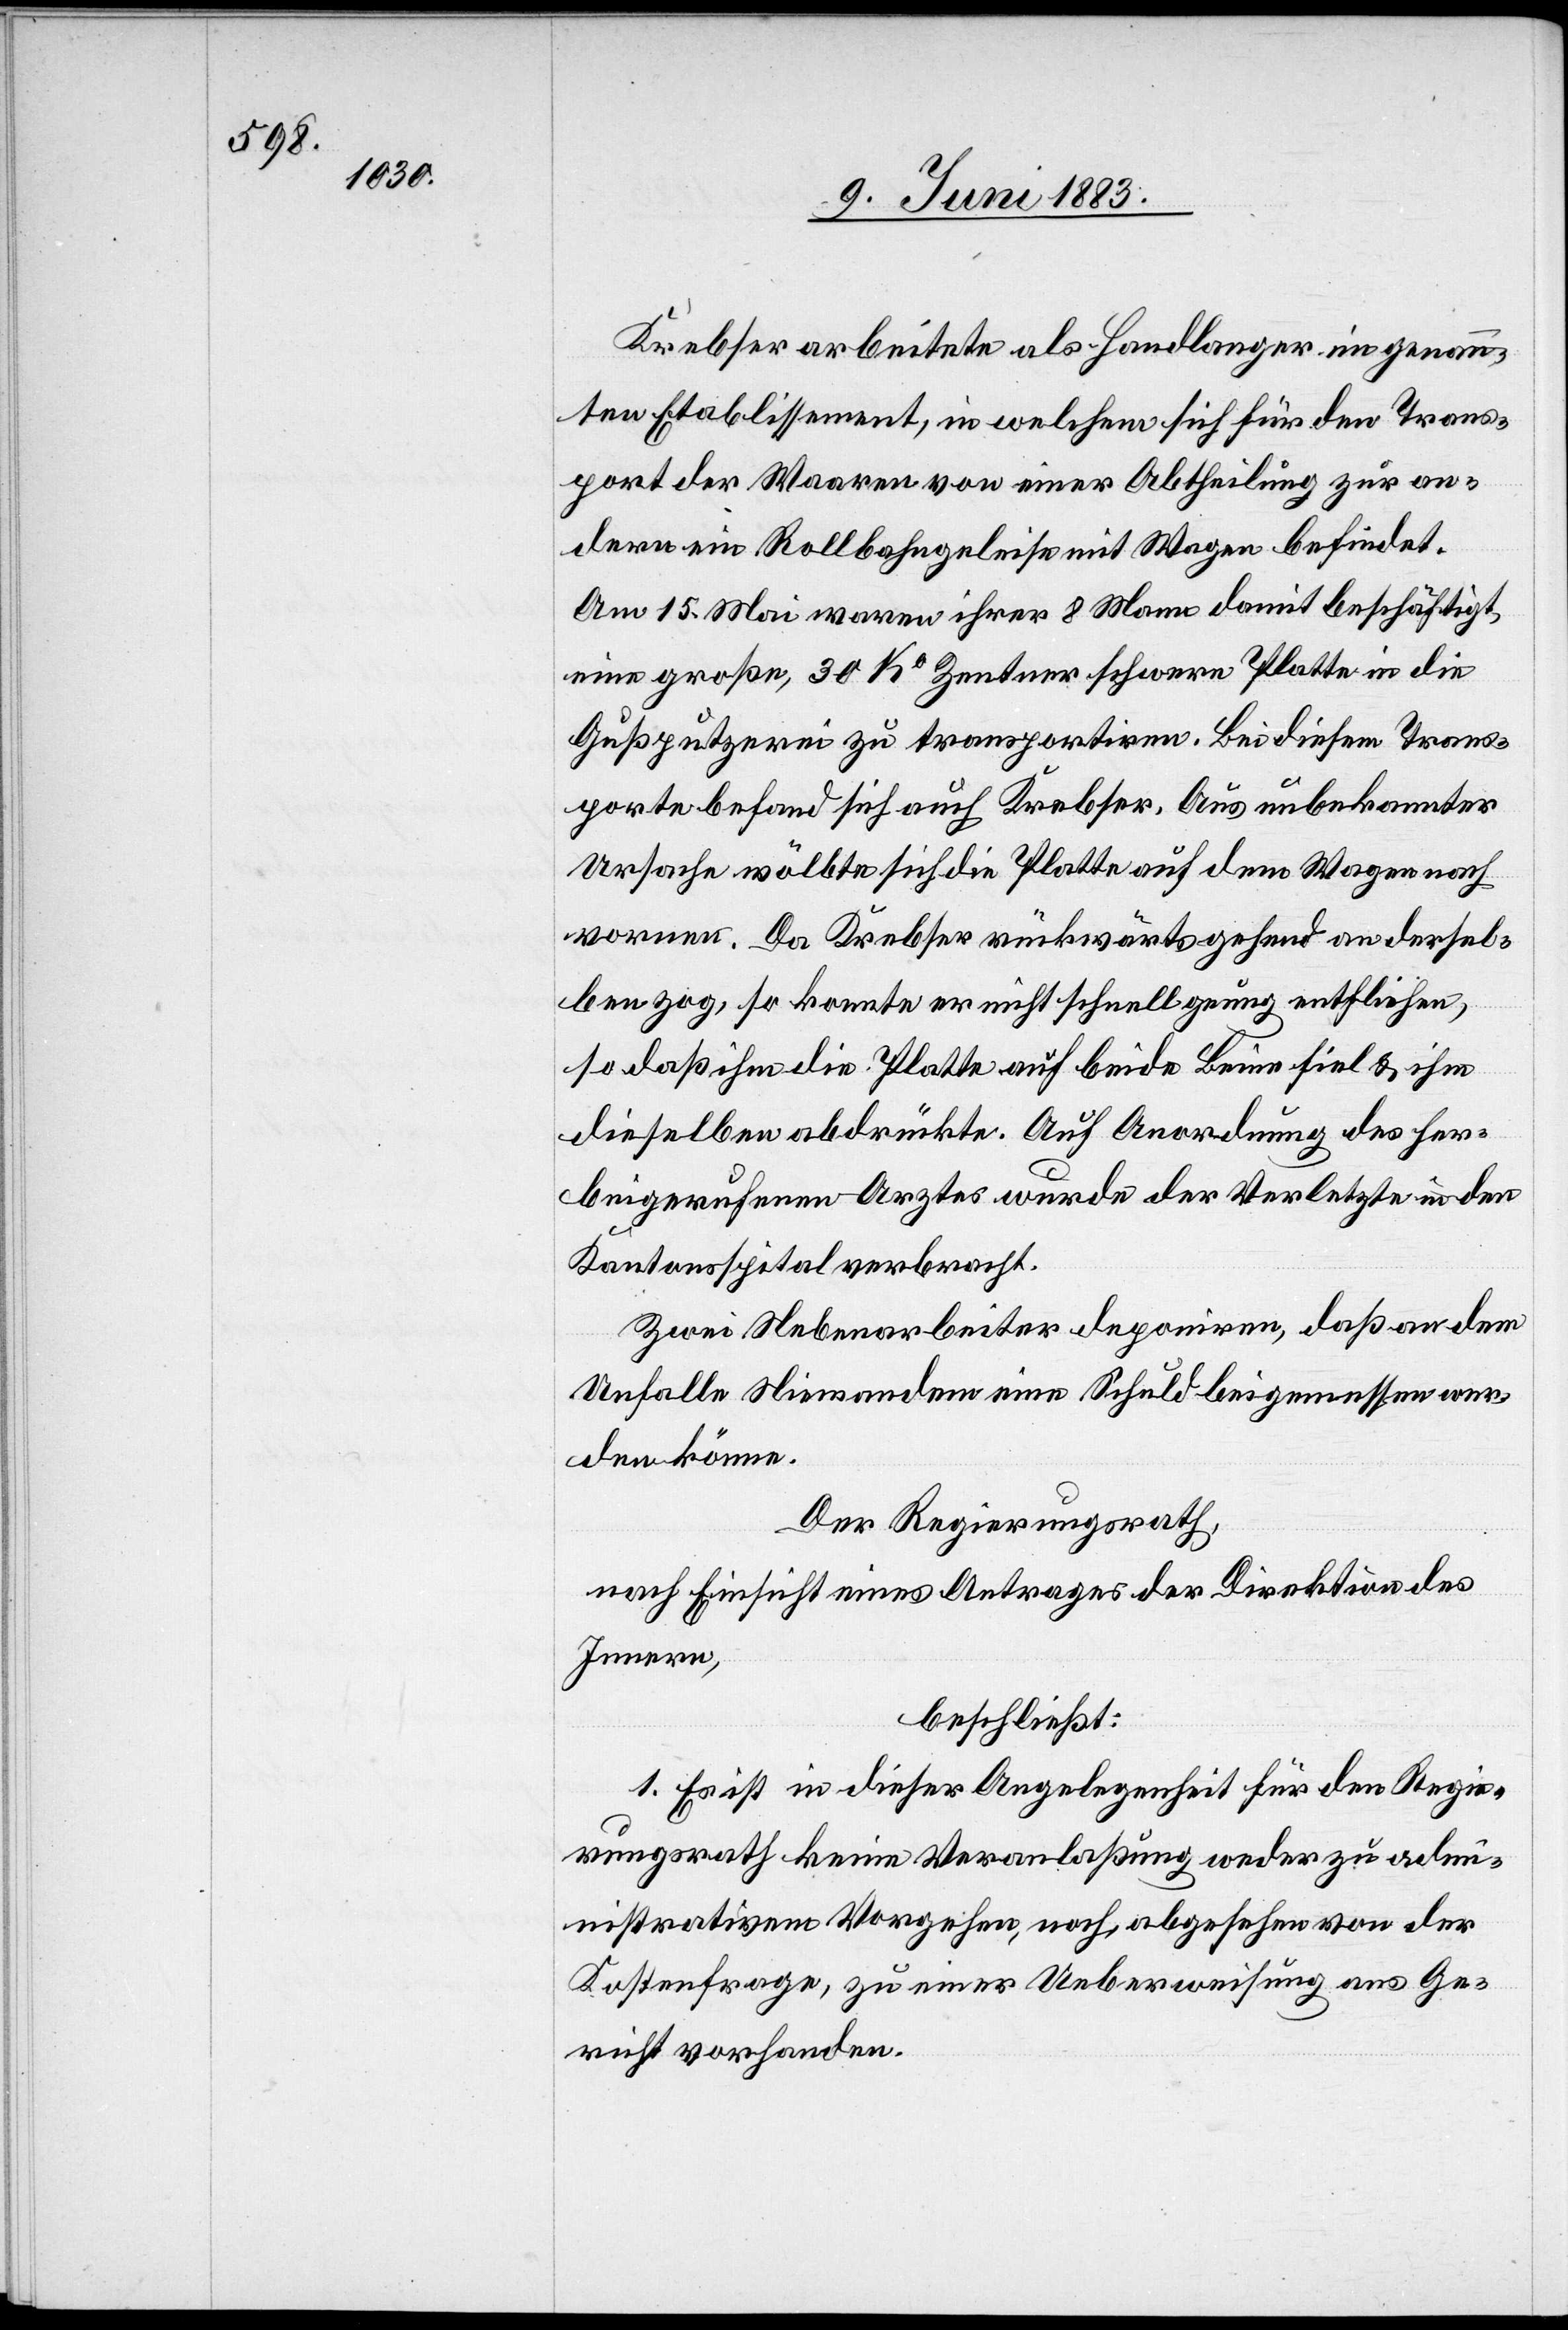
Krebser arbeitete als Handlanger im genann¬
ten Etablissement, in welchem sich für den Trans¬
port der Waaren von einer Abtheilung zur an¬
dern ein Rollbahngeleise mit Wagen befindet.
Am 15. Mai waren ihrer 8 Mann damit beschäftigt,
eine große, 30 Ko Zentner schwere Platte in die
Gußputzerei zu transportiren. Bei diesem Trans¬
porte befand sich auch Krebser. Aus unbekannter
Ursache wölbte sich die Platte auf dem Wagen nach
vorne. Da Krebser rückwärtsgehend an dersel¬
ben zog, so konnte er nicht schnell genug entfliehen,
so daß ihm die Platte auf beide Beine fiel & ihm
dieselben abdrückte. Auf Anordnung des her¬
beigerufenen Arztes wurde der Verletzte in den
Kantonsspital verbracht.
Zwei Nebenarbeiter deponiren, daß an dem
Unfalle Niemandem eine Schuld beigemessen wer¬
den könne.
Der Regierungsrath,
nach Einsicht eines Antrages der Direktion des
Innern,
beschließt:
1. Es ist in dieser Angelegenheit für den Regie¬
rungsrath keine Veranlaßung weder zu admi¬
nistrativem Vorgehen, nach, abgesehen von der
Kostenfrage, zu einer Ueberweisung ans Ge¬
richt vorhanden.